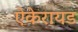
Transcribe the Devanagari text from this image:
ऐकेरायड